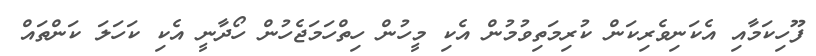
ފޫހިކަމާއި އެކަނިވެރިކަން ކުރިމަތިވުމުން އެކި މީހުން ހިތްހަމަޖެހުން ހޯދާނީ އެކި ކަހަލަ ކަންތައް